Indian journal of veterinary science and animal husbandry - Volume 5,
Year: 1935
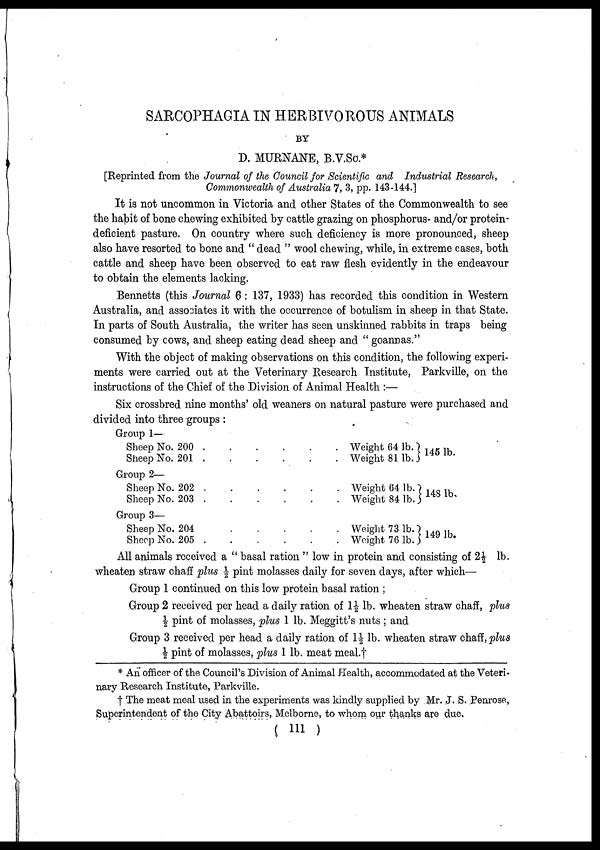
SARCOPHAGIA IN HERBIVOROUS ANIMALS
BY
D. MURNANE, B.V.Sc.*
[Reprinted from the Journal of the Council for Scientific and Industrial Research,
Commonwealth of Australia 7, 3, pp. 143-144.]
It is not uncommon in Victoria and other States of the Commonwealth to see
the habit of bone chewing exhibited by cattle grazing on phosphorus- and/or protein-
deficient pasture. On country where such deficiency is more pronounced, sheep
also have resorted to bone and " dead " wool chewing, while, in extreme cases, both
cattle and sheep have been observed to eat raw flesh evidently in the endeavour
to obtain the elements lacking.
Bennetts (this Journal 6: 137, 1933) has recorded this condition in Western
Australia, and associates it with the occurrence of botulism in sheep in that State.
In parts of South Australia, the writer has seen unskinned rabbits in traps being
consumed by cows, and sheep eating dead sheep and " goannas."
With the object of making observations on this condition, the following experi-
ments were carried out at the Veterinary Research Institute, Parkville, on the
instructions of the Chief of the Division of Animal Health :—
Six crossbred nine months' old weaners on natural pasture were purchased and
divided into three groups :
Group 1—
Sheep No. 200 . . . . . .
Sheep No. 201 . . . . . .
Group 2—
Sheep No. 202 . . . . . .
Sheep No. 203 . . . . . .
Group 3—
Sheep No. 204 . . . . . .
Sheep No. 205 . . . . . .
Weight 64 lb.
Weight 81 lb.
Weight 64 lb.
Weight 84 lb.
Weight 73 lb.
Weight 76 lb.
145 lb
148 lb
149 lb
All animals received a " basal ration " low in protein and consisting of 2½ lb.
wheaten straw chaff plus ½ pint molasses daily for seven days, after which—
Group 1 continued on this low protein basal ration ;
Group 2 received per head a daily ration of 1½ lb. wheaten straw chaff, plus
½ pint of molasses, plus 1 lb. Meggitt's nuts ; and
Group 3 received per head a daily ration of 1½ lb. wheaten straw chaff, plus
½ pint of molasses, plus 1 lb. meat meal.†
* An officer of the Council's Division of Animal Health, accommodated at the Veteri-
nary Research Institute, Parkville.
† The meat meal used in the experiments was kindly supplied by Mr. J. S. Penrose,
Superintendent of the City Abattoirs, Melborne, to whom our thanks are due.
( 111 )